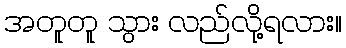
အတူတူ သွား လည်လို့ရလား။